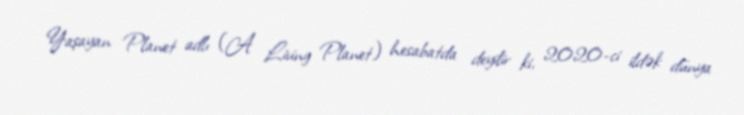
Yaşayan Planet adlı (A Living Planet) hesabatda deyilir ki, 2020-ci ildək dünya